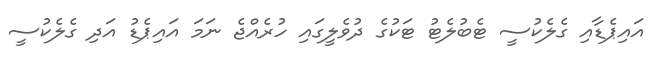
އައިޕެޑާއި ގެލެކުސީ ޓެބުލެޓު ޓަކުގެ ދުވެލީގައި ހުރެއްޖެ ނަމަ އައިޕެޑު އަދި ގެލެކުސީ